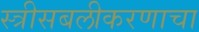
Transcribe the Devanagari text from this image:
स्त्रीसबलीकरणाचा